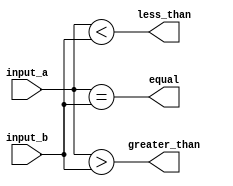
module magnitude_comparator(
    input [7:0] input_a,
    input [7:0] input_b,
    output equal,
    output less_than,
    output greater_than
);

assign equal = (input_a == input_b);
assign less_than = (input_a < input_b);
assign greater_than = (input_a > input_b);

endmodule